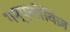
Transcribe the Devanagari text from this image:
गम्प्लोविज़